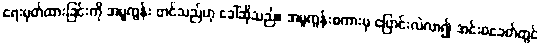
ရေးမှတ်ထားခြင်းကို အမူကွန်း တင်သည်ဟု ခေါ်ဆိုသည်။ အမူကွန်းစကားမှ ပြောင်းလဲလာ၍ အင်းဝခေတ်တွင်